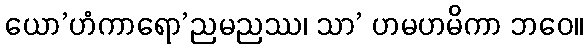
ယော’ဟံကာရော’ညမညဿ၊ သာ’ ဟမဟမိကာ ဘဝေ။